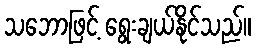
သဘောဖြင့် ရွေးချယ်နိုင်သည်။